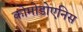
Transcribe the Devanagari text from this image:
कोमोडोएनिस